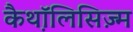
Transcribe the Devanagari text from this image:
कैथ़ॉलिसिज़्म